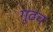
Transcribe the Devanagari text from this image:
गुढच